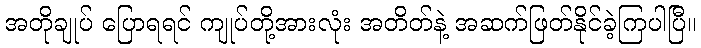
အတိုချုပ် ပြောရရင် ကျုပ်တို့အားလုံး အတိတ်နဲ့ အဆက်ဖြတ်နိုင်ခဲ့ကြပါပြီ။